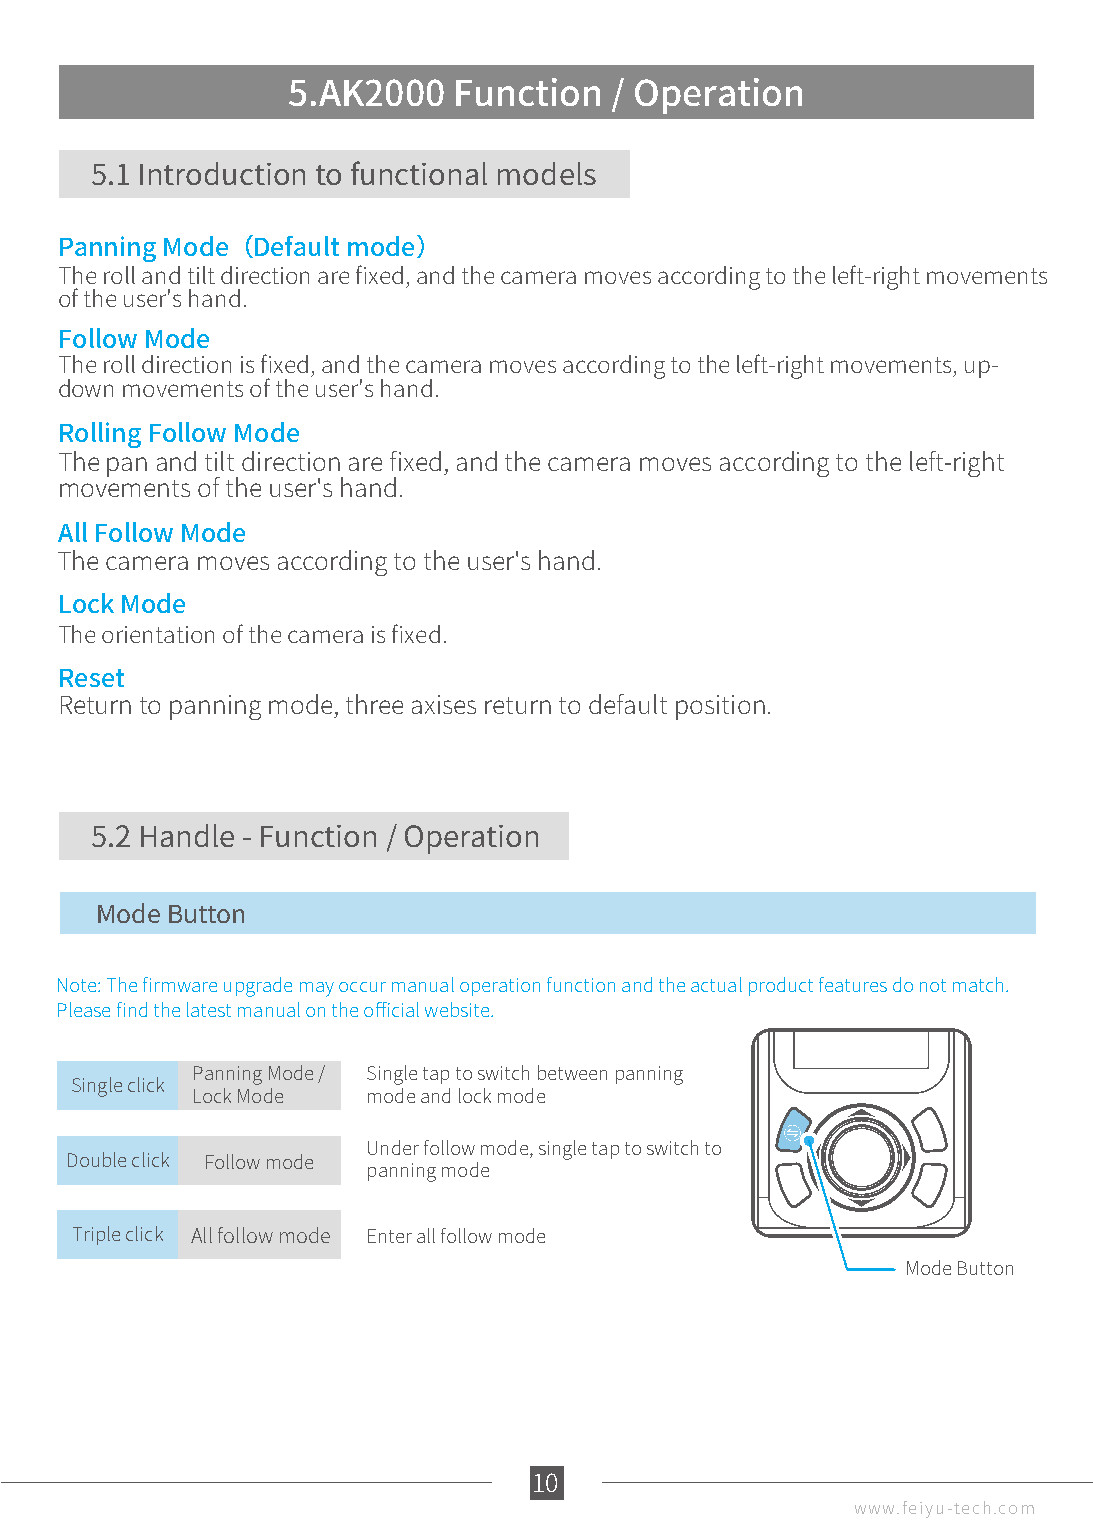
5.AK2000   Function  / Operation
 5.1 Introduction to functional models
 Panning Mode（Default mode）
 The roll and tilt direction are fixed, and the camera moves according to the left-right movements
 of the user's hand.
 Follow Mode
 The roll direction is fixed, and the camera moves according to the left-right movements, up-
 down movements of the user's hand.
 Rolling Follow Mode
 The pan and tilt direction are fixed, and the camera moves according to the left-right
 movements of the user's hand.
 All Follow Mode
 The camera moves according to the user's hand.
 Lock Mode
 The orientation of the camera is fixed.
 Reset
 Return to panning mode, three axises return to default position.
 5.2 Handle - Function / Operation
 Mode Button
 Note: The firmware upgrade may occur manual operation function and the actual product features do not match.
 Please find the latest manual on the official website.
 Panning Mode / Single tap to switch between panning
 Single click
 Lock Mode  mode and lock mode
 Under follow mode, single tap to switch to
 Double click Follow mode
 panning mode
 Triple click All follow mode Enter all follow mode
 Mode Button
 10
 www.feiyu-tech.com